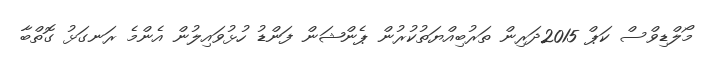
މޯލްޑިވްސް ކަޕް 2015ދަރިން ތަރުބިއްޔަތުކުރުން ޕެންޝަން ފަންޑު ހުޅުވައިލުން އެންމެ ރަނގަޅު ގޮތްބާ